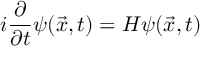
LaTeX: i \frac { \partial } { \partial t } \psi ( \vec { x } , t ) = H \psi ( \vec { x } , t )